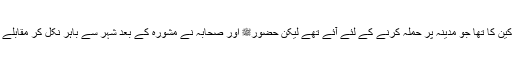
۲- غزوۂ احد اس میں تو پورا ہاتھ مشرکین کا تھا جو مدینہ پر حملہ کرنے کے لئے آئے تھے لیکن حضورﷺ اور صحابہ نے مشورہ کے بعد شہر سے باہر نکل کر مقابلے کو مناسب سمجھا اور یہ غزوہ پیش آیا۔